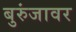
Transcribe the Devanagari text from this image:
बुरुंजावर